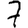
Digit: 7